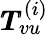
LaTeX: \pmb{T}_{vu}^{(i)}